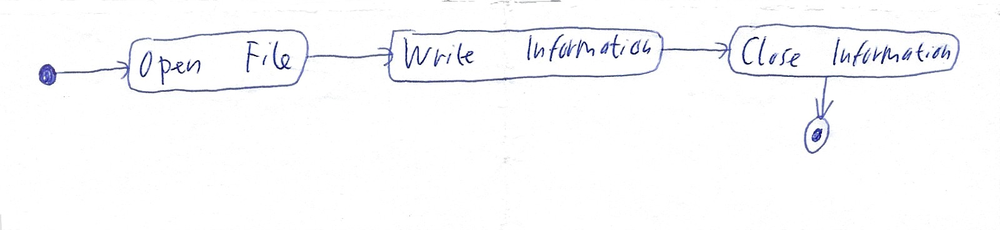
Diagram type: activity_diagram
```plantuml
@startuml

start

:Open File;

:Write Information;

:Close Information;

stop

@enduml
```